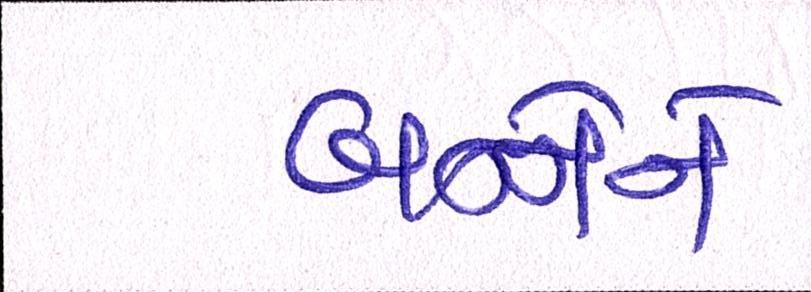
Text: બન્નેને